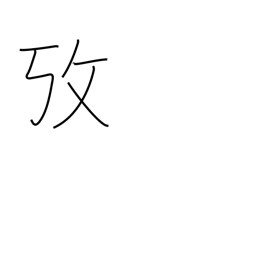
Meaning: examine